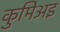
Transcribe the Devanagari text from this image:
कुमिअइ